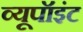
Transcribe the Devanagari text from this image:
व्यूपॉइंट